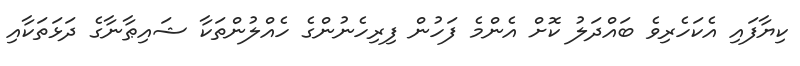
ކިޔާފައި އެކަހެރިވެ ބައްދަލު ކޮށް އެންމެ ފަހުން ފިރިހެނުންގެ ހެއްލުންތަކާ ޝައިޠާނާގެ ދަޅަތަކާއި